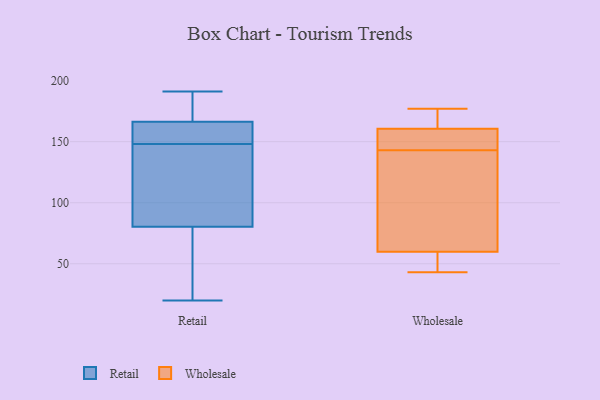
{"axis": {"x": "Net Income (USD K)", "y": "Value"}, "legend": ["Retail", "Wholesale"], "data": [{"x": "", "y": 85, "type": "Retail"}, {"x": "", "y": 87, "type": "Retail"}, {"x": "", "y": 180, "type": "Retail"}, {"x": "", "y": 20, "type": "Retail"}, {"x": "", "y": 165, "type": "Retail"}, {"x": "", "y": 148, "type": "Retail"}, {"x": "", "y": 181, "type": "Retail"}, {"x": "", "y": 154, "type": "Retail"}, {"x": "", "y": 164, "type": "Retail"}, {"x": "", "y": 170, "type": "Retail"}, {"x": "", "y": 108, "type": "Retail"}, {"x": "", "y": 158, "type": "Retail"}, {"x": "", "y": 191, "type": "Retail"}, {"x": "", "y": 40, "type": "Retail"}, {"x": "", "y": 66, "type": "Retail"}, {"x": "", "y": 94, "type": "Retail"}, {"x": "", "y": 45, "type": "Retail"}, {"x": "", "y": 170, "type": "Wholesale"}, {"x": "", "y": 153, "type": "Wholesale"}, {"x": "", "y": 143, "type": "Wholesale"}, {"x": "", "y": 92, "type": "Wholesale"}, {"x": "", "y": 160, "type": "Wholesale"}, {"x": "", "y": 177, "type": "Wholesale"}, {"x": "", "y": 43, "type": "Wholesale"}, {"x": "", "y": 62, "type": "Wholesale"}, {"x": "", "y": 162, "type": "Wholesale"}, {"x": "", "y": 93, "type": "Wholesale"}, {"x": "", "y": 43, "type": "Wholesale"}, {"x": "", "y": 53, "type": "Wholesale"}, {"x": "", "y": 143, "type": "Wholesale"}]}